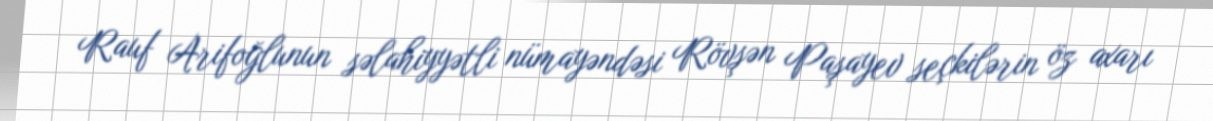
Rauf Arifoğlunun səlahiyyətli nümayəndəsi Rövşən Paşayev seçkilərin öz axarı